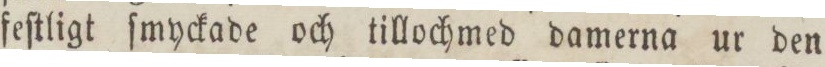
feſtligt ſmyckade och tillochmed damerna ur den